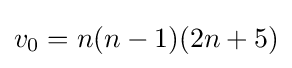
v_{0}=n(n-1)(2n+5)